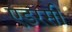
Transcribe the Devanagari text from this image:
एडरसी